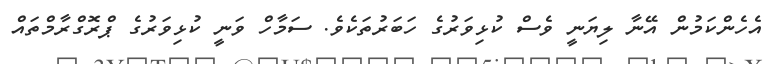
އެހެންކަމުން އޭނާ ލިޔަނީ ވެސް ކުޅިވަރުގެ ހަބަރުތަކެވެ. ސަމާހް ވަނީ ކުޅިވަރުގެ ޕްރޮގްރާމްތައް